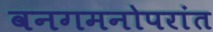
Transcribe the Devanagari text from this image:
वनगमनोपरांत